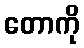
တောကို